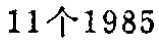
\(11个1985\)